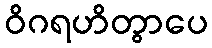
ဝိဂရဟိတွာပေ